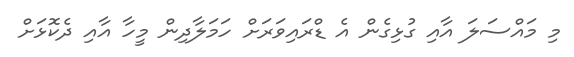
މި މައްސަލަ އާއި ގުޅިގެން އެ ޑްރައިވަރަށް ހަމަލާދިން މީހާ އާއި ދެކޮޅަށް